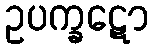
ဥပက္ခဋော